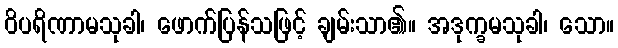
ဝိပရိဏာမသုခါ၊ ဖောက်ပြန်သဖြင့် ချမ်းသာ၏။ အဒုက္ခမသုခါ၊ သော။